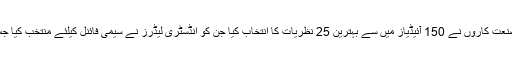
معروف ٹیکنالوجی کے ماہر اساتذہ اور صنعت کاروں نے 150 آئیڈیاز میں سے بہترین 25 نظریات کا انتخاب کیا جن کو انڈسٹری لیڈرز نے سیمی فائنل کیلئے منتخب کیا جس کا انعقاد 26اور27جون 2020کو ہوا۔